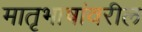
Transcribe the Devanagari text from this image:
मातृभाषांवरील